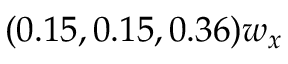
( 0 . 1 5 , 0 . 1 5 , 0 . 3 6 ) w _ { x }